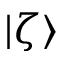
| \zeta \rangle